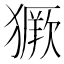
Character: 𱮥